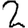
Digit: 2